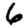
Digit: 6